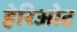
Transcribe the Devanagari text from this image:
हेरिओट